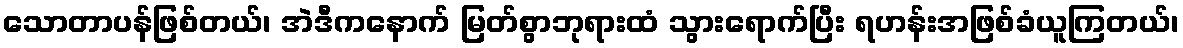
သောတာပန်ဖြစ်တယ်၊ အဲဒီကနောက် မြတ်စွာဘုရားထံ သွားရောက်ပြီး ရဟန်းအဖြစ်ခံယူကြတယ်၊